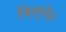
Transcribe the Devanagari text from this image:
फिल्मीत